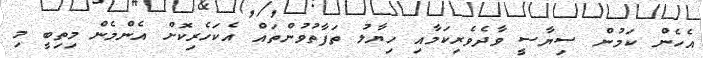
އެހެން ކަމުން ސިޔާސީ ވާދެވެރިކަމާއި ހިޔާލު ތަފާތުވުންތައް އެކަހެރިކޮށް އެންމެން މިތިބީ މި